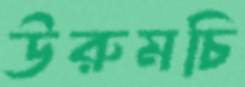
উরুমচি